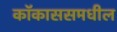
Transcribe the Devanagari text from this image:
कॉकाससमधील